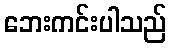
ဘေးကင်းပါသည်